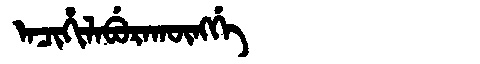
Manchu: ᠠᠴᡳᡥᡳᠯᠠᠪᡠᡵᠠᡴᡡᠩᡤᡝ
Romanization: ACIHILABURAKŪNGGE